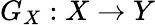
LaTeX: G_{X}:X\rightarrow Y